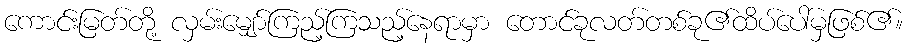
ကောင်းမြတ်တို့ လှမ်းမျှော်ကြည့်ကြသည့်နေရာမှာ တောင်ခုလတ်တစ်ခု၏ထိပ်ပေါ်မှဖြစ်၏။